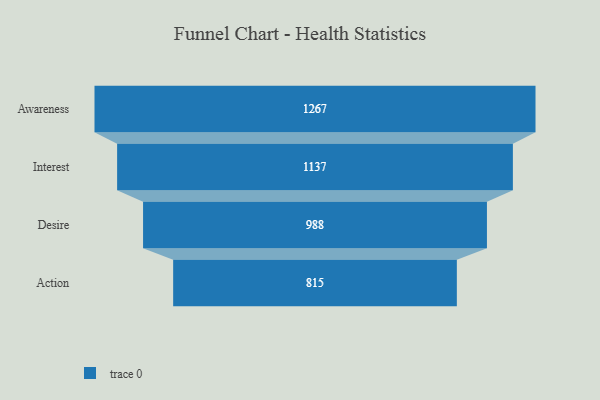
{"axis": {"x": "Stage", "y": "Value"}, "legend": [""], "data": [{"x": "Awareness", "y": 1267.0, "type": ""}, {"x": "Interest", "y": 1137.0, "type": ""}, {"x": "Desire", "y": 988.0, "type": ""}, {"x": "Action", "y": 815.0, "type": ""}]}